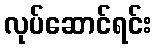
လုပ်ဆောင်ရင်း